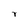
Character: r